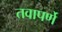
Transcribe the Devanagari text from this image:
तवापर्णे